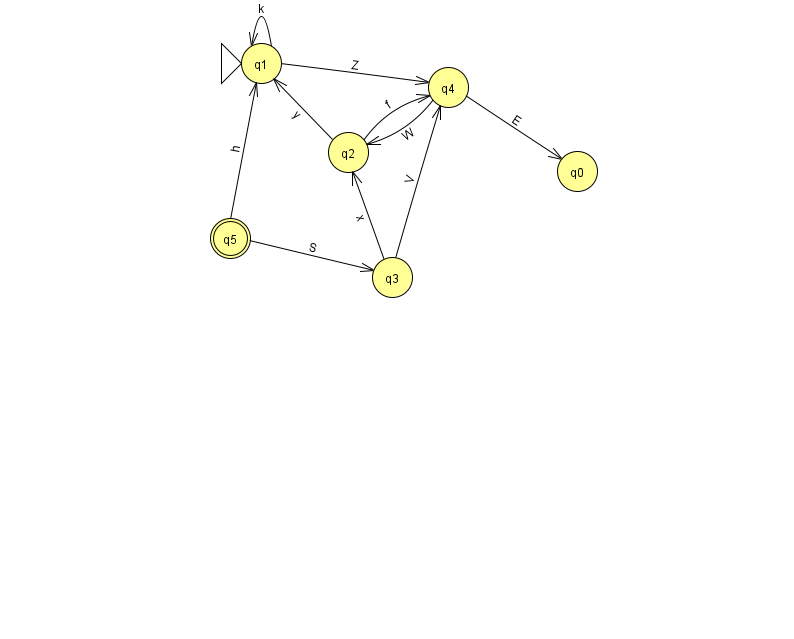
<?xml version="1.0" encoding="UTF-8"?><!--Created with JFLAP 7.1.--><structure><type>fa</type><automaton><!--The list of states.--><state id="0" name="q0"><x>577.0</x><y>158.0</y></state><state id="1" name="q1"><x>261.0</x><y>50.0</y><initial/></state><state id="2" name="q2"><x>348.0</x><y>139.0</y></state><state id="3" name="q3"><x>392.0</x><y>264.0</y></state><state id="4" name="q4"><x>448.0</x><y>74.0</y></state><state id="5" name="q5"><x>230.0</x><y>225.0</y><final/></state><!--The list of transitions.--><transition><from>1</from><to>4</to><read>Z</read></transition><transition><from>2</from><to>1</to><read>y</read></transition><transition><from>4</from><to>2</to><read>W</read></transition><transition><from>5</from><to>3</to><read>S</read></transition><transition><from>2</from><to>4</to><read>f</read></transition><transition><from>3</from><to>2</to><read>x</read></transition><transition><from>4</from><to>0</to><read>E</read></transition><transition><from>3</from><to>4</to><read>V</read></transition><transition><from>5</from><to>1</to><read>h</read></transition><transition><from>1</from><to>1</to><read>k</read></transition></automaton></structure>